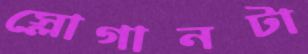
স্লোগানটা